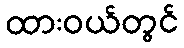
ထားဝယ်တွင်